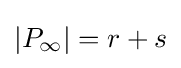
|P_{\infty }|=r+s